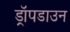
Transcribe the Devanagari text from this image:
ड्रॉपडाउन